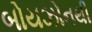
બોયઝોનથી